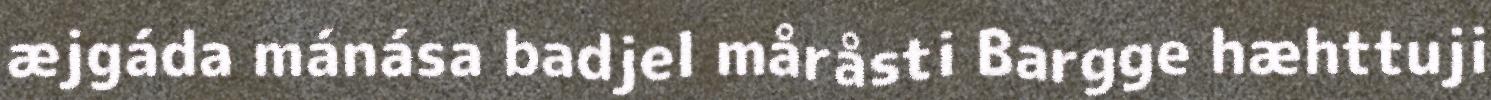
æjgáda mánása badjel måråsti Bargge hæhttuji